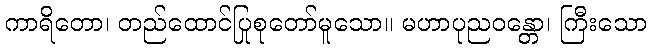
ကာရိတော၊ တည်ထောင်ပြုစုတော်မူသော။ မဟာပုညဝန္တော၊ ကြီးသော